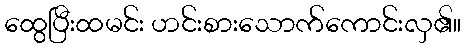
ထွေပြီးထမင်း ဟင်းစားသောက်ကောင်းလှ၏။